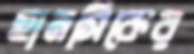
হানসিকের